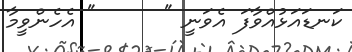
ކަނޑައަޅުއްވާފަ އެވަނީ "      " އެހެންވީމާ